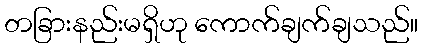
တခြားနည်းမရှိဟု ကောက်ချက်ချသည်။